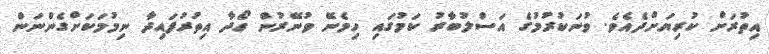
އިތުރަށް ކުރިޔަށްދެއެވެ. ވުނަކުރުމުގެ އަސްލުބާރު ކަމުގައި ހިމެނޭ ވުނޭރުން ހޯދާ އިތުރުފައިދާ ނިމުމަކަށްގެންނަން